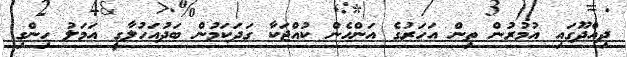
ދިއްދޫގައި އުމުރުން ތިން އަހަރުގެ އަންހެން ކުއްޖަކާ ގަދަކަމުން ބަދުއަހުލާގީ އަމަލު ހިންގި